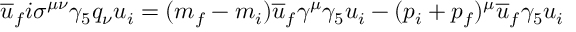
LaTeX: \overline { { { u } } } _ { f } i \sigma ^ { \mu \nu } \gamma _ { 5 } q _ { \nu } u _ { i } = ( m _ { f } - m _ { i } ) \overline { { { u } } } _ { f } \gamma ^ { \mu } \gamma _ { 5 } u _ { i } - ( p _ { i } + p _ { f } ) ^ { \mu } \overline { { { u } } } _ { f } \gamma _ { 5 } u _ { i }